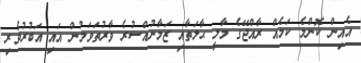
އެއިން ކޮންމެ ކަމެއް ރާއްޖޭގެ މާލީ ޙާލަތާއި ޒަމާނުއްސުރެ ވާރުތަވަމުން އައި އަބުރުވެރި